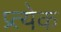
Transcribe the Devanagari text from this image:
प्र्त्येक